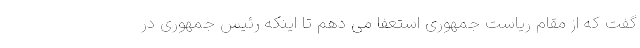
گفت که از مقام ریاست جمهوری استعفا می دهم تا اینکه رئیس جمهوری در